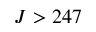
J > 2 4 7